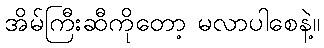
အိမ်ကြီးဆီကိုတော့ မလာပါစေနဲ့။